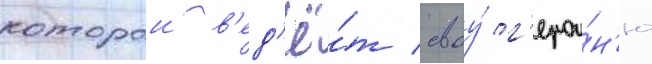
которои в'ед'ё́т своу́ г'ерои́н'ю